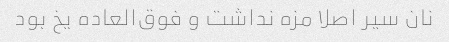
نان سیر اصلا مزه نداشت و فوق‌العاده یخ بود